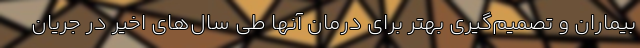
بیماران و تصمیم‌گیری بهتر برای درمان آنها طی سال‌های اخیر در جریان